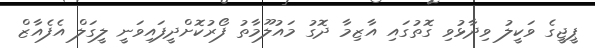
ޕީޖީގެ ވަކީލު ވިދާޅުވި ގޮތުގައި އާޒިމާ ދޮގު މައުލޫމާތު ފޯރުކޮށްދީފައިވަނީ ލީގަލް އެފެއާޒް